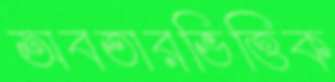
অবতারভিত্তিক